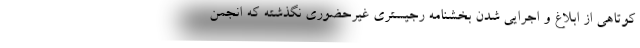
کوتاهی از ابلاغ و اجرایی شدن بخشنامه رجیستری غیرحضوری نگذشته که انجمن